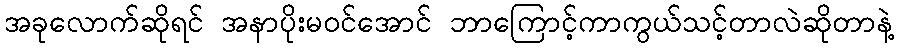
အခုလောက်ဆိုရင် အနာပိုးမဝင်အောင် ဘာကြောင့်ကာကွယ်သင့်တာလဲဆိုတာနဲ့